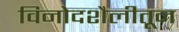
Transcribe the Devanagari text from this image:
विनोदशैलीतून